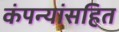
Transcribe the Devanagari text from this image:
कंपन्यांसहित